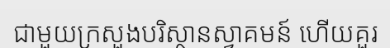
ជាមួយក្រសួងបរិស្ថានស្វាគមន៍ ហើយគួរ